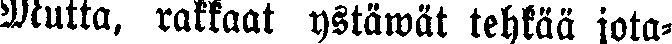
Mutta, rakkaat ystäwät tehkää jota-